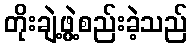
တိုးချဲ့ဖွဲ့စည်းခဲ့သည်